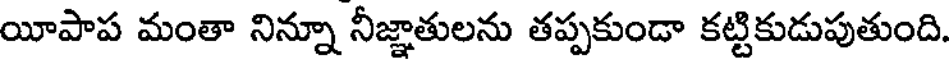
యీపాప మంతా నిన్నూ నీజ్ఞాతులను తప్పకుండా కట్టికుడుపుతుంది.